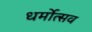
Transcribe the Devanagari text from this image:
धर्मोत्सव